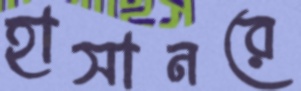
হাসানরে